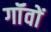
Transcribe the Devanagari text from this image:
गॉंवों